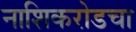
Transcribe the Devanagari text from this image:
नाशिकरोडचा